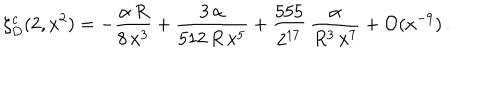
LaTeX: \zeta _ { D } ^ { c } ( 2 , x ^ { 2 } ) = - \frac { \alpha \, R } { 8 \, x ^ { 3 } } + \frac { 3 \, \alpha } { 5 1 2 \, R \, x ^ { 5 } } + \frac { 5 5 5 } { 2 ^ { 1 7 } } \, \frac { \alpha } { R ^ { 3 } \, x ^ { 7 } } + { \cal O } ( x ^ { - 9 } ) \, { . }